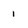
Character: 1